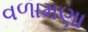
વળામણા